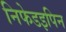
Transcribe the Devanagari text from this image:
निफेडइपिन